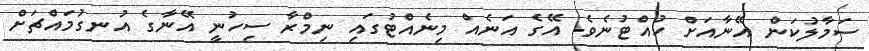
ސަމާލުކަން އޭނާއަށް ހުއްޓުނެވެ. އޭގެ އަނެއް މިނެއްޓުގައި ނިމްރާ ސިހުނީ އޭނާގެ އުނގުމައްޗަށް